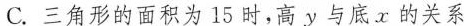
C.三角形的面积为15时，高y与底x的关系